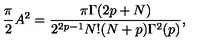
{ \frac { \pi } { 2 } } A ^ { 2 } = { \frac { \pi \Gamma ( 2 p + N ) } { 2 ^ { 2 p - 1 } N ! ( N + p ) \Gamma ^ { 2 } ( p ) } } ,